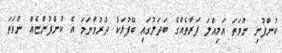
ކުންފުނި ނުވަތަ އަމިއްލަ ފަރާތެއްގެ ބަދަލުގައި ބޭފުޅަކު ދުރުވާނަމަ އެ ކުންފުންޏެއް ނުވަތަ